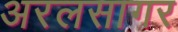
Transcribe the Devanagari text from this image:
अरलसागर